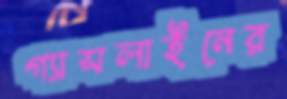
গ্যাসলাইনের